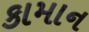
કામાન